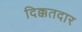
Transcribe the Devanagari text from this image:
दिक्कतदार